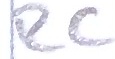
Text: RC